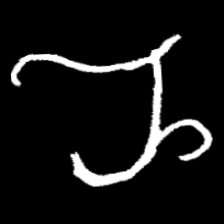
Pyu character \u2014 Myanmar letter: ည (romanized: nya)